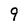
Character: 9